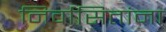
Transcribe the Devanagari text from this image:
निर्वासितांना